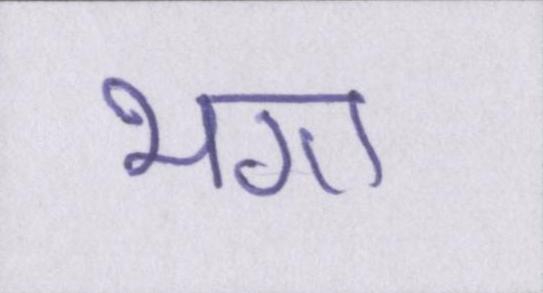
भगा